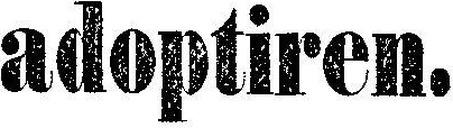
adoptiren.